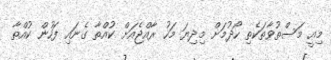
މިއީ މަސްތުވާތަކެތި ހޯދުމަށް މިދިޔަ މަހު ރާއްޖެއަށް ކުއްތާ ގެނައި ފަހުން ކުއްތާ